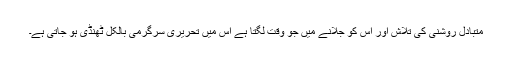
متبادل روشنی کی تلاش اور اس کو جلانے میں جو وقت لگتا ہے اس میں تحریری سرگرمی بالکل ٹھنڈی ہو جاتی ہے۔